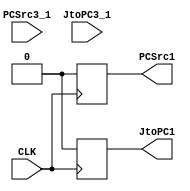
module resetControl(
  input wire CLK,
  input wire PCSrc3_1,
  input wire JtoPC3_1,
  
  output reg PCSrc1,
  output reg JtoPC1
);

always @ (posedge CLK)
begin
  if (PCSrc3_1)
    PCSrc1 <= 0;
  else
    PCSrc1 <= PCSrc3_1;
  if (JtoPC3_1)
    JtoPC1 <= 0;
  else
    JtoPC1 <= JtoPC3_1;
end

endmodule